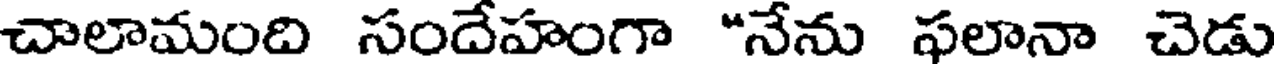
చాలామంది సందేహంగా "నేను ఫలానా చెడు